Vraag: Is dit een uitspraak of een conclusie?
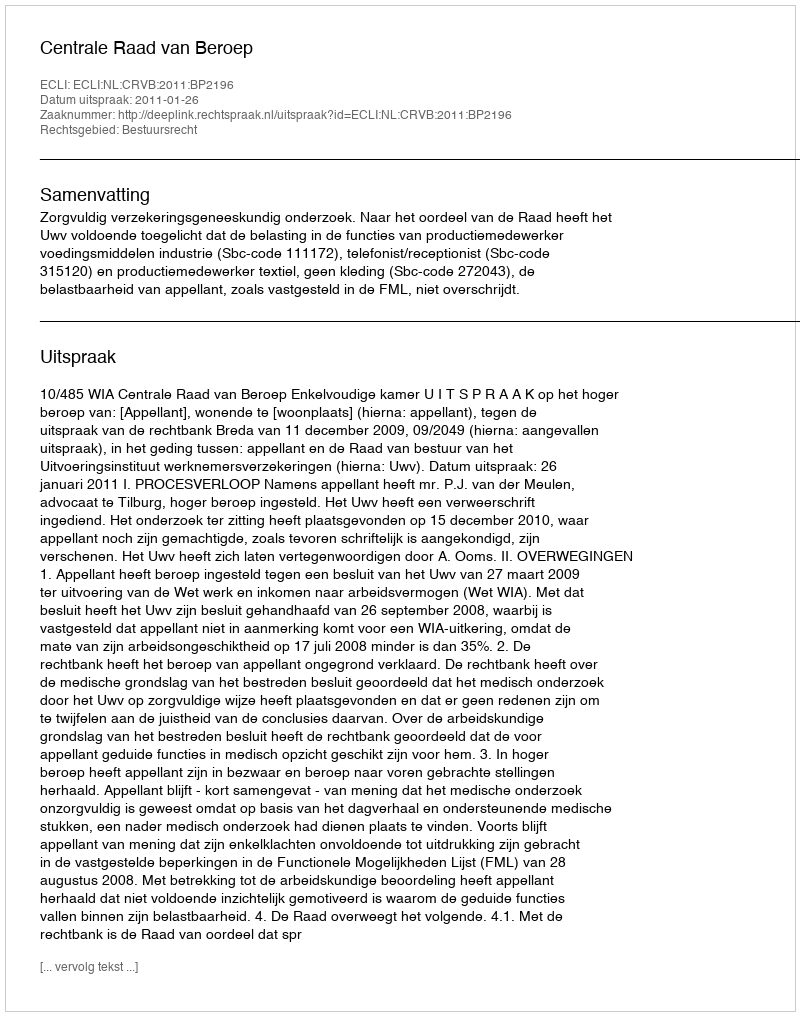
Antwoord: Uitspraak